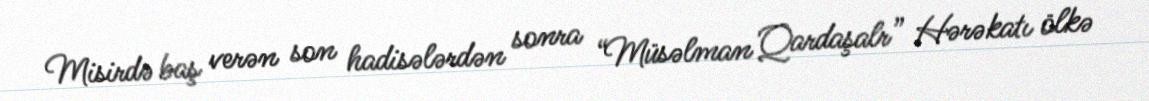
Misirdə baş verən son hadisələrdən sonra “Müsəlman Qardaşalr” Hərəkatı ölkə